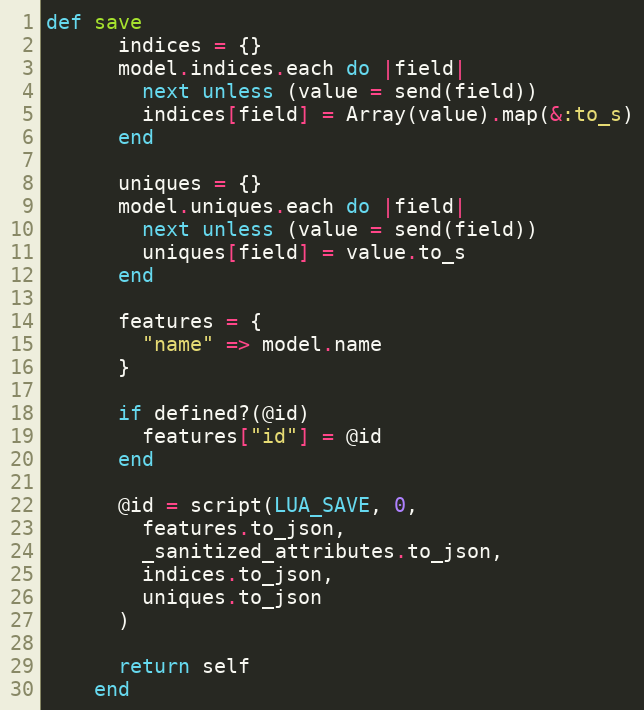
Language: Ruby
def save
      indices = {}
      model.indices.each do |field|
        next unless (value = send(field))
        indices[field] = Array(value).map(&:to_s)
      end

      uniques = {}
      model.uniques.each do |field|
        next unless (value = send(field))
        uniques[field] = value.to_s
      end

      features = {
        "name" => model.name
      }

      if defined?(@id)
        features["id"] = @id
      end

      @id = script(LUA_SAVE, 0,
        features.to_json,
        _sanitized_attributes.to_json,
        indices.to_json,
        uniques.to_json
      )

      return self
    end